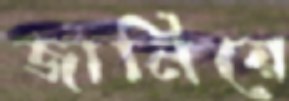
জানিয়ে